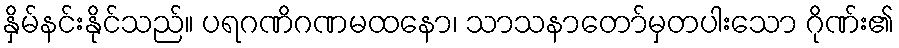
နှိမ်နင်းနိုင်သည်။ ပရဂဏိဂဏမထနော၊ သာသနာတော်မှတပါးသော ဂိုဏ်း၏